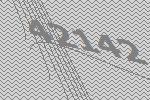
42142